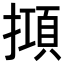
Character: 𢴦